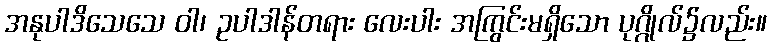
အနုပါဒိသေသေ ဝါ၊ ဥပါဒါန်တရား လေးပါး အကြွင်းမရှိသော ပုဂ္ဂိုလ်၌လည်း။